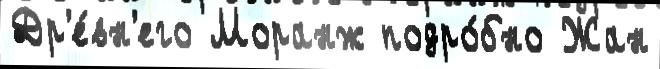
Др'е́вн'его Моранж подро́бно Жан